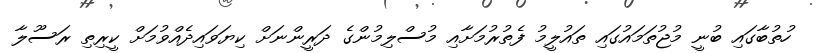
ހުތުބާގައި ބުނީ މުޖުތަމައުގައި ތައުލީމު ފެތުރުމަށާއި މުސްލިމުންގެ ދަރީންނަށް ކިޔަވައިދެއްވުމަށް ކީރިތި ރަސޫލާ